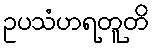
ဥပသံဟရတူတိ